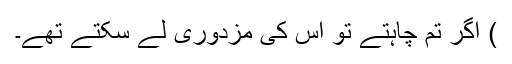
) اگر تم چاہتے تو اس کی مزدوری لے سکتے تھے۔